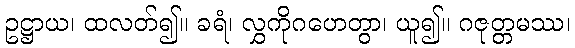
ဥဋ္ဌာယ၊ ထလတ်၍။ ခရံ၊ လွှကိုဂဟေတွာ၊ ယူ၍။ ဂဇုတ္တမဿ၊